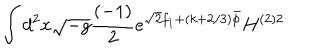
\int d ^ { 2 } x \sqrt { - g } \frac { ( - 1 ) } { 2 } e ^ { \sqrt { 2 } f _ { 1 } + ( k + 2 / 3 ) \bar { \phi } } H ^ { ( 2 ) 2 }